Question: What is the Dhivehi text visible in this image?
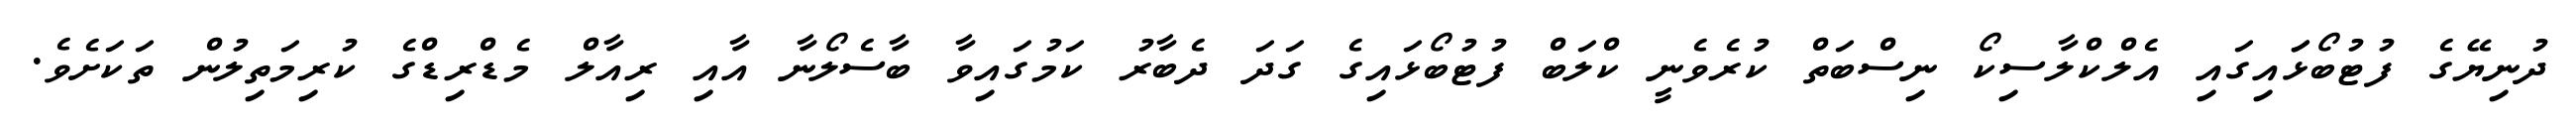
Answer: ދުނިޔޭގެ ފުޓުބޯޅަައިގައި އެލްކްލާސިކޯ ނިސްބަތް ކުރެވެނީ ކްލަބް ފުޓުބޯޅައިގެ ގަދަ ދެބާރު ކަމުގައިވާ ބާސެލޯނާ އާއި ރިއާލް މެޑްރިޑްގެ ކުރިމަތިލުން ތަކަށެވެ.